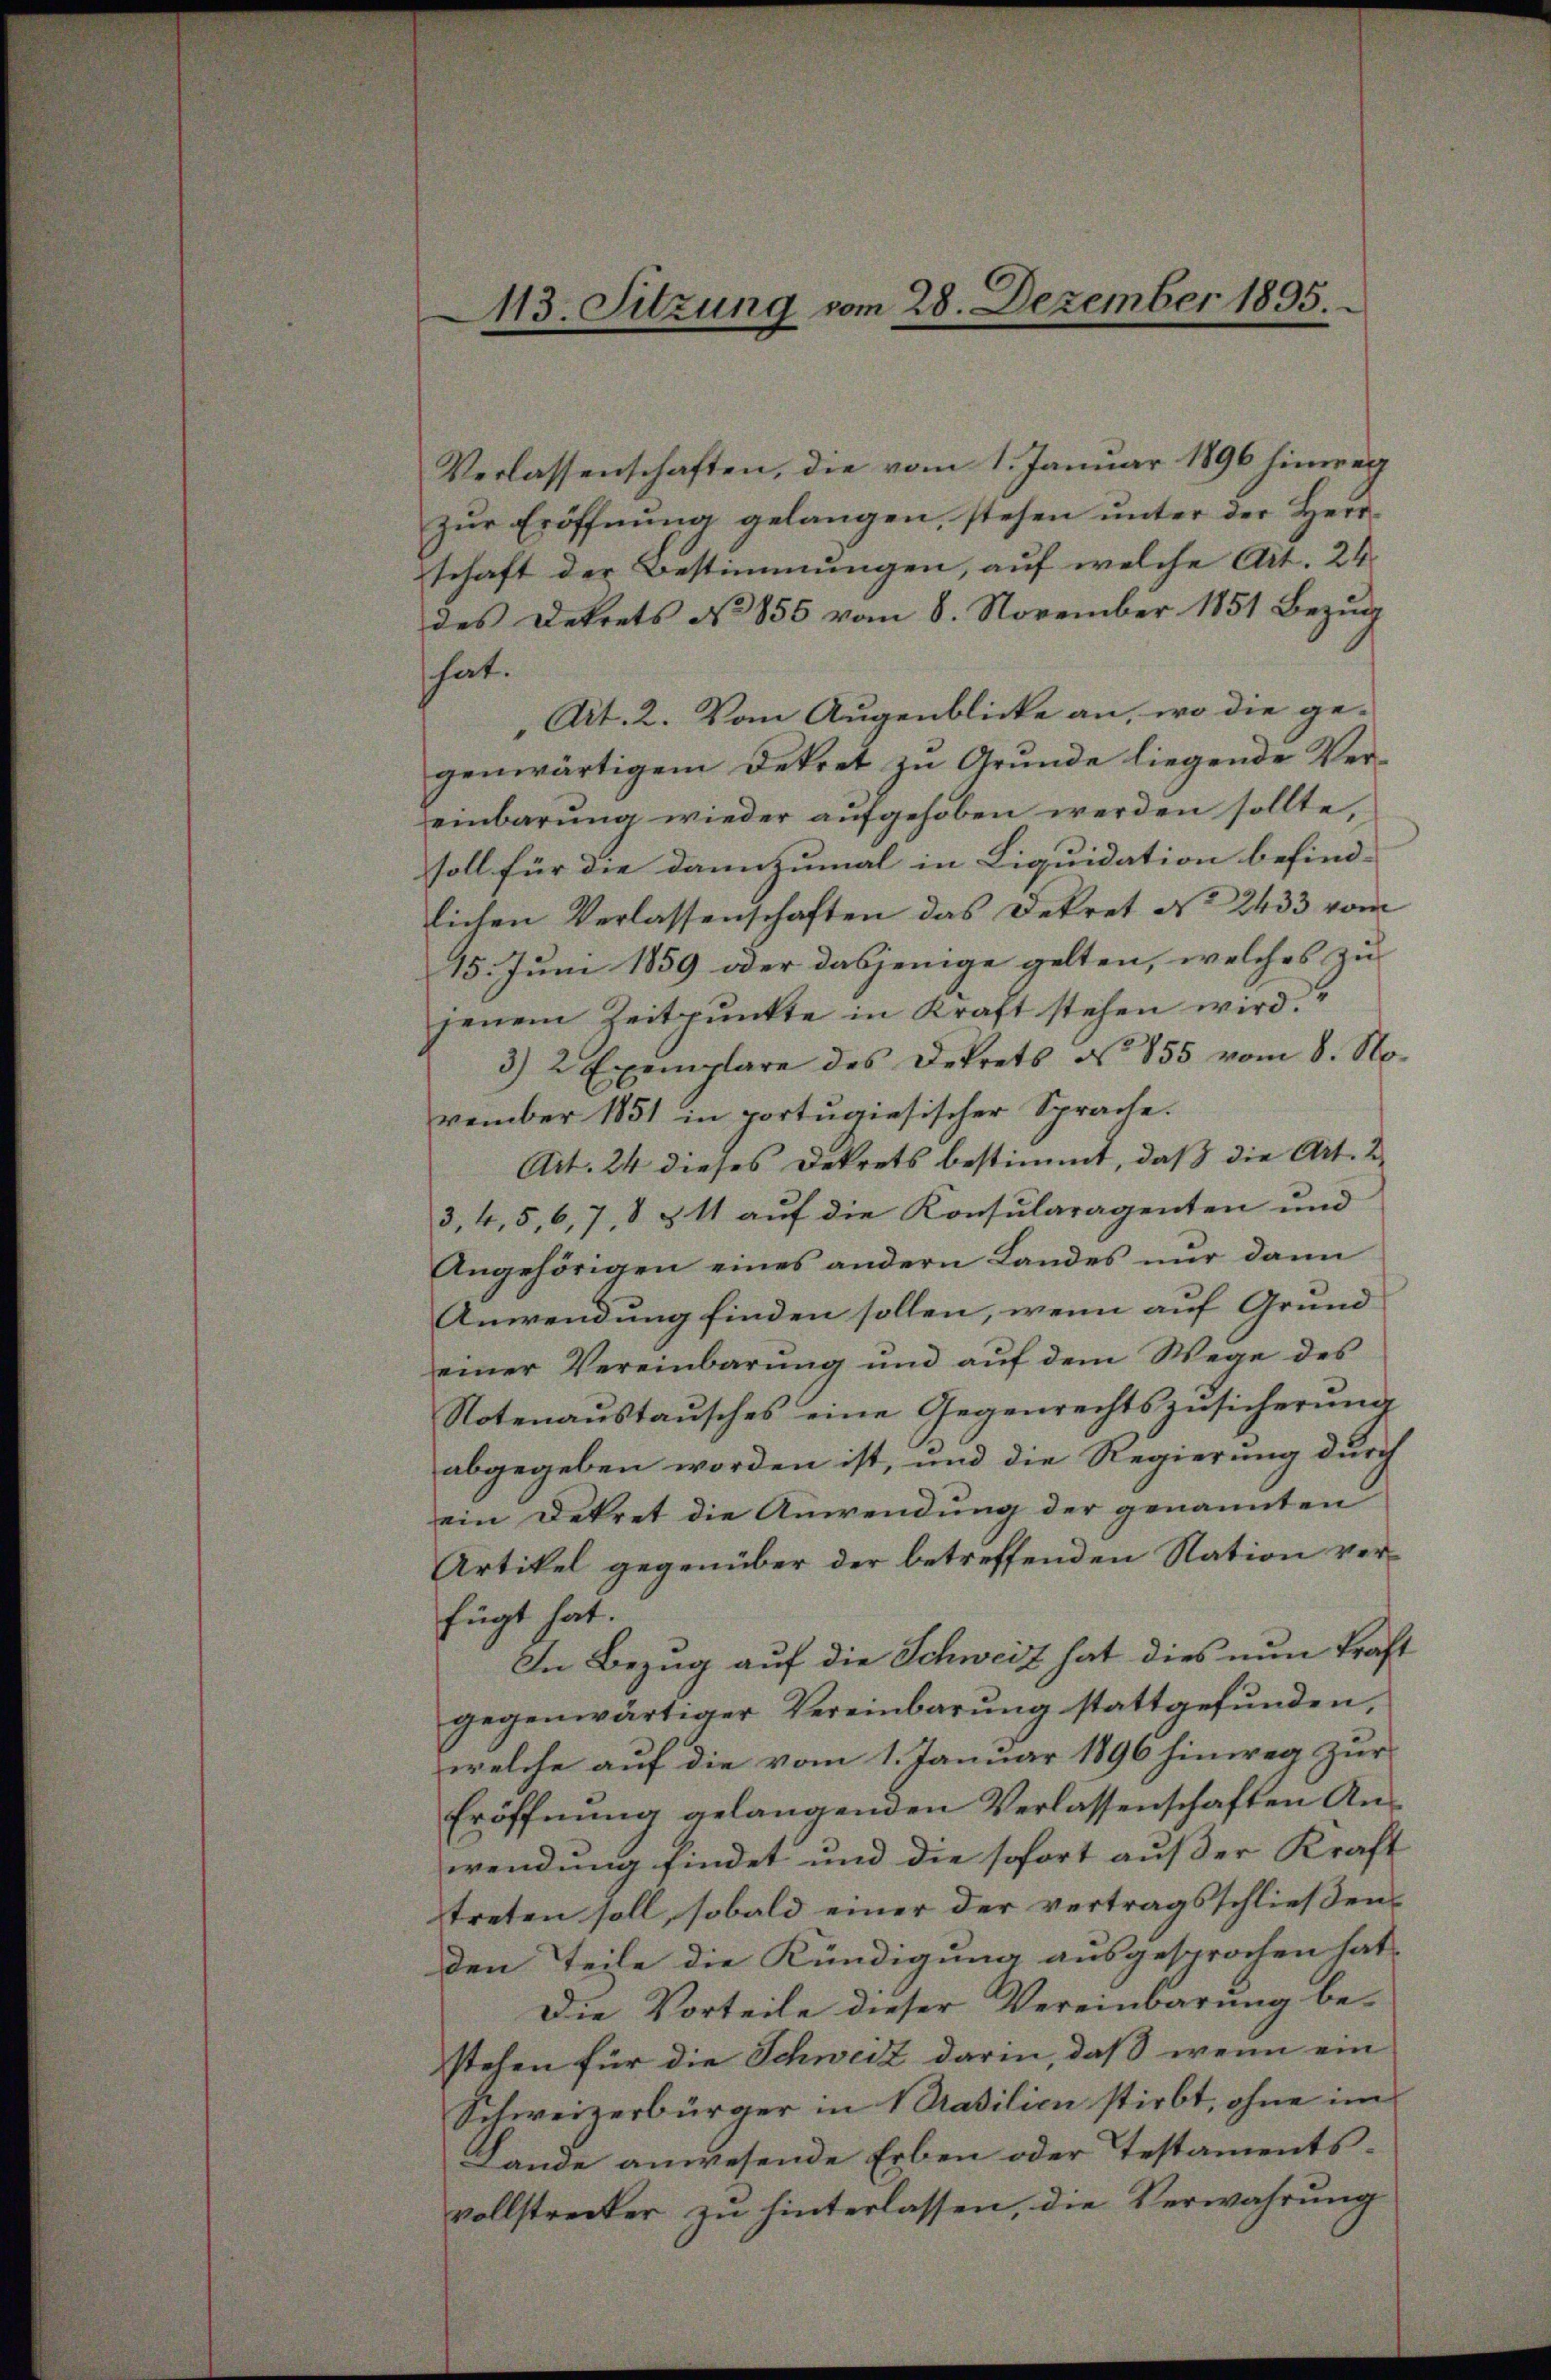
M13. Sitzung vom 28. Dezember 1895

Verlassenschaften, die vom 1. Januar 1896 hinweg
zŭr Eröffnŭng gelangen, stehen ŭnter der Herr-
schaft der Bestimmungen, auf welche Art. 24
des Dekrets No 855 vom 8. November 1851 Bezug
hat.
„Art. 2. Vom Augenblicke an, wo die ge-
genwärtigem Dekret zu Grunde liegende Vereinbarŭng wieder aŭfgehoben werden sollte,
soll für die dannzumal in Liquidation befind-
lichen Verlassenschaften das Dekret No 2433 vom
15. Juni 1859 oder dasjenige gelten, welches zu
jenem Zeitpunkte in Kraft stehen wird.“
3) 2 Exemplare des Dekrets No 855 vom 8. November 1851 in portugiesischer Sprache.
Art. 24 dieses Dekrets bestimmt, daß die Art. 2
3, 4, 5, 6, 7, 8 § 11 auf die Konsularagenten und
Angehörigen eines andern Landes nur dann
Anwendung finden sollen, wenn auf Grund
einer Vereinbarŭng und aŭf dem Wege des
Notenaŭstaŭsches eine Gegenrechtszŭsicherŭng
abgegeben worden ist, und die Regierung durch
ein Dekret die Anwendung der genannten
Artikel gegenüber der betreffenden Nation verfügt hat.
In Bezug auf die Schweiz hat dies nun kraft
gegenwärtiger Vereinbarung stattgefunden,
welche auf die vom 1. Januar 1896 hinweg zur
Eröffnŭng gelangenden Verlassenschaften An-
wendung findet und die sofort ausser Kraft
treten soll, sobald einer der vertragsschließenden Teile die Kündigung ausgesprochen hat,
Die Vorteile dieser Vereinbarung be-
stehen für die Schweiz darin, daß wenn ein
Schweizerbürger in Prasilien stirbt, ohne im
Lande anwesende Erben oder Testaments-
vollstrecker zu hinterlassen, die Verwahrung